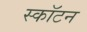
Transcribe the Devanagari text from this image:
स्कॉटन